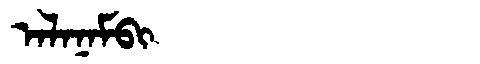
Manchu: ᠠᠯᠠᠨᠠᠮᠪᡳ
Romanization: ALANAMBI